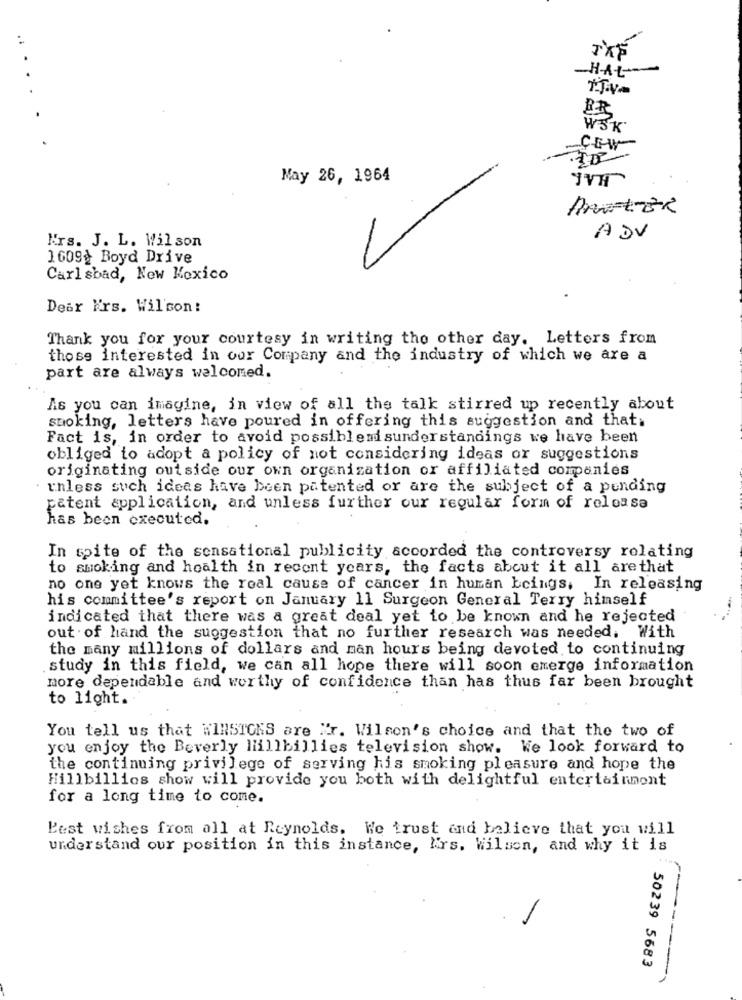
.4
TXE
H-At --
ER
WJK
May 26, 1964
IVA
ARTER
Mrs. J. L. Wilson
ADV
1609& Boyd Drive
Carlsbad, New Mexico
Dear Ers. Wilson !
Thank you for your courtesy in writing the other day. Letters from
those interested in our Company and the industry of which we are a
part are always welcomed.
As you can imagine, in view of all the talk stirred up recently about
smoking, letters have poured in offering this suggestion and that.
Fact is, in order to avoid possiblemisunderstandings we have been
obliged to adopt a policy of not considering ideas or suggestions
originating outside our own organization or affiliated companies
unless such ideas have been patented or are the subject of a pending
patent application, and unless further our regular form of relousa
has been executed.
In spite of the sensational publicity accorded the controversy relating
to smoking and hoalth in recent years, the facts about it all are that
no one yet knows the roal cause of cancer in human beings, In releasing
his committee's report on January 11 Surgeon General Terry himself
indicated that there was a great deal yet to be known and he rejected
out of hand the suggestion that no further research was needed. With
the many millions of dollars and man hours being devoted to continuing
study in this field, we can all hope there will soon emerge information
more dependable and worthy of confidence than has thus far been brought
to light.
You tell us that WINSTORS are "r. Wilson's choice and that the two of
you enjoy the Beverly liillbillies television show. We look forward to
the continuing privilege of serving his smoking pleasure and hope the
Hillbillies show will provide you both with delightful entertainment
for a long time to come.
Best wishes from all at Reynolds. We trust and believe that you will
understand our position in this instance, N'rs. Wilson, and why it is
50239 5683
-----